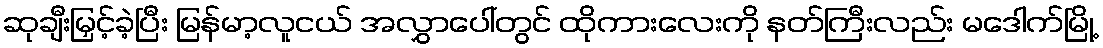
ဆုချီးမြှင့်ခဲ့ပြီး မြန်မာ့လူငယ် အလွှာပေါ်တွင် ထိုကားလေးကို နတ်ကြီးလည်း မဒေါက်မြို့